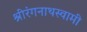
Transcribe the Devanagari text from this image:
श्रीरंगनाथस्वामी